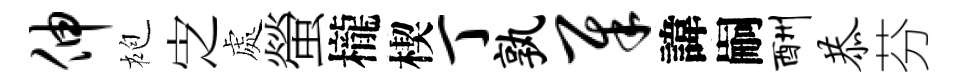
伸袍㝎處螢櫳楔丁孰犀諱嗣酬恭芬